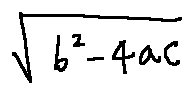
\sqrt { b ^ { 2 } - 4 a c }